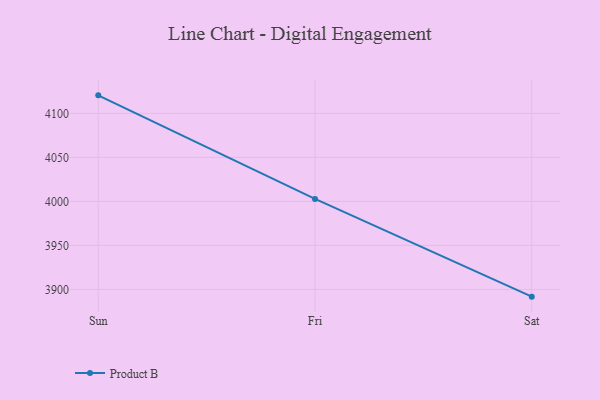
{"axis": {"x": "Day", "y": "Net Income (USD K)"}, "legend": ["Product B"], "data": [{"x": "Sun", "y": 4120.5, "type": "Product B"}, {"x": "Fri", "y": 4002.8, "type": "Product B"}, {"x": "Sat", "y": 3891.8, "type": "Product B"}]}